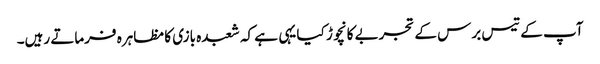
آپ کے تیس برس کے تجربے کا نچوڑ کیا یہی ہے کہ شعبدہ بازی کا مظاہرہ فرماتے رہیں۔